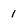
Character: 1